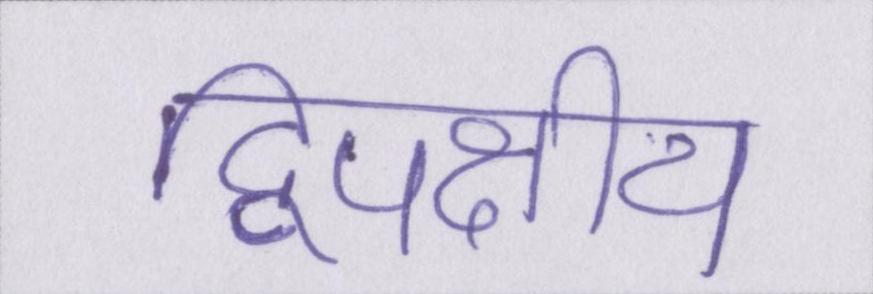
द्विपक्षीय